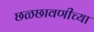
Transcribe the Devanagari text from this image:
छळछावणीच्या